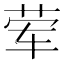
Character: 荤